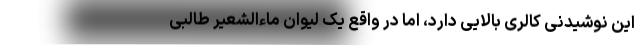
این نوشیدنی کالری بالایی دارد، اما در واقع یک لیوان ماءالشعیر طالبی